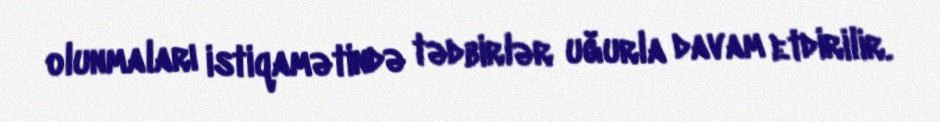
olunmaları istiqamətində tədbirlər uğurla davam etdirilir.